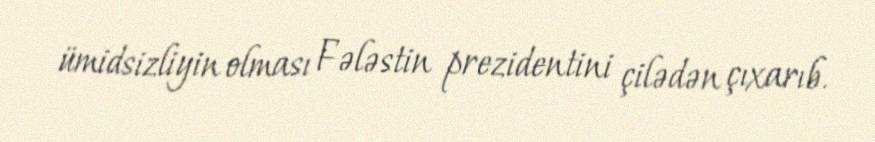
ümidsizliyin olması Fələstin prezidentini çilədən çıxarıb.